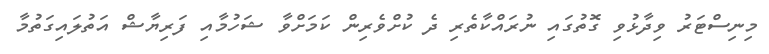
މިނިސްޓަރު ވިދާޅުވި ގޮތުގައި ނުރައްކާތެރި ދެ ކުށްވެރިން ކަމަށްވާ ޝަހުމާއި ފަރިޔާޝް އަތުލައިގަތުމާ